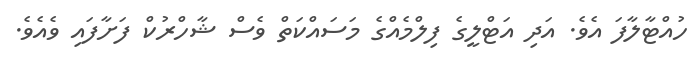
ހުއްޓާލާފަ އެވެ. އަދި އަޓްލީގެ ފިލްމެއްގެ މަސައްކަތް ވެސް ޝާހްރުކް ފަށާފައި ވެއެވެ.